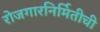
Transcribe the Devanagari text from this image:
रोजगारनिर्मितीची